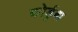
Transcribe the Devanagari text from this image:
कोर्डुबा